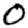
Digit: 0